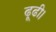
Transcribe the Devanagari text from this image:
ढूढी।